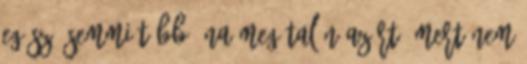
egész, semmi több. Na meg talán azért, mert nem